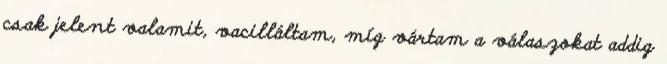
csak jelent valamit, vacilláltam, míg vártam a válaszokat addig